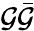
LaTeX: \mathcal{G}{\bar{{\mathcal{G}}}}